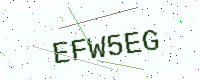
Text: EFW5EG